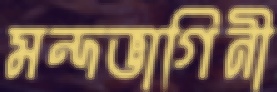
মন্দভাগিনী